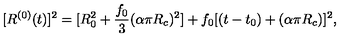
[ R ^ { ( 0 ) } ( t ) ] ^ { 2 } = [ R _ { 0 } ^ { 2 } + \frac { f _ { 0 } } { 3 } ( \alpha \pi R _ { c } ) ^ { 2 } ] + f _ { 0 } [ ( t - t _ { 0 } ) + ( \alpha \pi R _ { c } ) ] ^ { 2 } ,